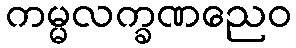
ကမ္မလက္ခဏညေဝ